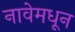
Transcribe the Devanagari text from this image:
नावेमधून